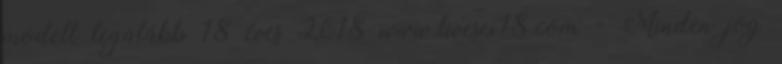
modell legalább 18 éves 2018 www.livesex18.com - Minden jog